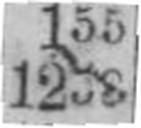
1238